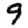
Digit: 9